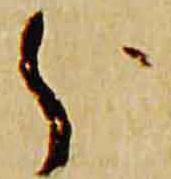
分